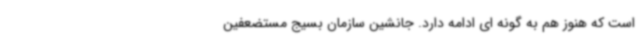
است که هنوز هم به گونه ای ادامه دارد. جانشین سازمان بسیج مستضعفین